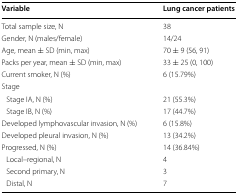
<table><thead><tr><td><b>Variable</b></td><td><b>Lung cancer patients</b></td></tr></thead><tbody><tr><td>Total sample size, N</td><td>38</td></tr><tr><td>Gender, N (males/female)</td><td>14/24</td></tr><tr><td>Age, mean ± SD (min, max)</td><td>70 ± 9 (56, 91)</td></tr><tr><td>Packs per year, mean ± SD (min, max)</td><td>33 ± 25 (0, 100)</td></tr><tr><td>Current smoker, N (%)</td><td>6 (15.79%)</td></tr><tr><td>Stage</td><td></td></tr><tr><td> Stage IA, N (%)</td><td>21 (55.3%)</td></tr><tr><td> Stage IB, N (%)</td><td>17 (44.7%)</td></tr><tr><td>Developed lymphovascular invasion, N (%)</td><td>6 (15.8%)</td></tr><tr><td>Developed pleural invasion, N (%)</td><td>13 (34.2%)</td></tr><tr><td>Progressed, N (%)</td><td>14 (36.84%)</td></tr><tr><td> Local–regional, N</td><td>4</td></tr><tr><td> Second primary, N</td><td>3</td></tr><tr><td> Distal, N</td><td>7</td></tr></tbody></table>